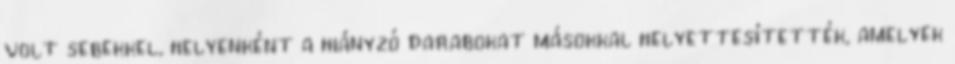
volt sebekkel, helyenként a hiányzó darabokat másokkal helyettesítették, amelyek